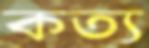
কত্য